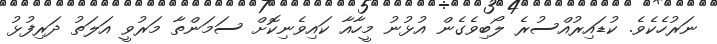
ނަރުހެކެވެ. ކުޑައިރުއްސުރެ ލޯބިވެގެން އުޅުނު މީހާއާ ކައިވެނިކޮށް ސަމަންތާ މަރުވީ އަލަތު ދަރިފުޅު